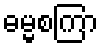
ဓမ္မစကြာ